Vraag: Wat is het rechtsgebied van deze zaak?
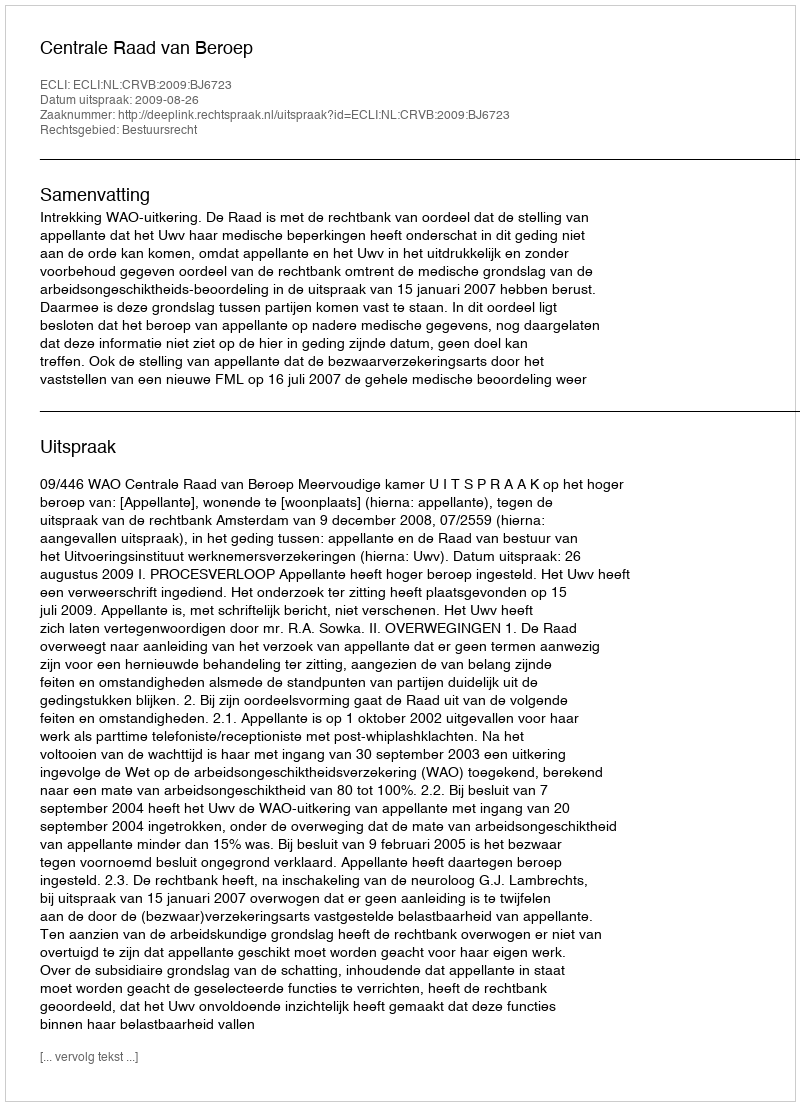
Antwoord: Bestuursrecht